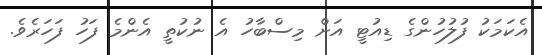
އެކަމަކު ފުލުހުންގެ ޑިއުޓީ އަށް މިސްބާހު އެ ނުކުތީ އެންމެ ފަހު ފަހަރެވެ.